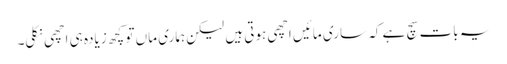
یہ بات سچ ہے کہ ساری مائیں اچھی ہوتی ہیں لیکن ہماری ماں تو کچھ زیادہ ہی اچھی نکلی۔